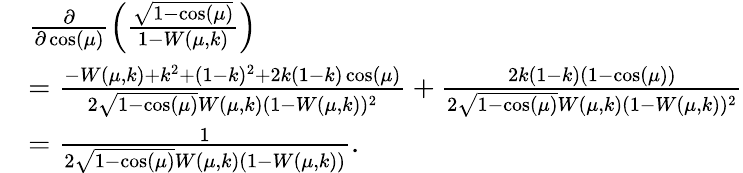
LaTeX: \begin{array}{rl}&{\frac{\partial}{\partial\cos(\mu)}\left(\frac{\sqrt{1-\cos(\mu)}}{1-W(\mu,k)}\right)}\\ &{=\frac{-W(\mu,k)+k^{2}+(1-k)^{2}+2k(1-k)\cos(\mu)}{2\sqrt{1-\cos(\mu)}W(\mu,k)(1-W(\mu,k))^{2}}+\frac{2k(1-k)(1-\cos(\mu))}{2\sqrt{1-\cos(\mu)}W(\mu,k)(1-W(\mu,k))^{2}}}\\ &{=\frac{1}{2\sqrt{1-\cos(\mu)}W(\mu,k)(1-W(\mu,k))}.}\end{array}